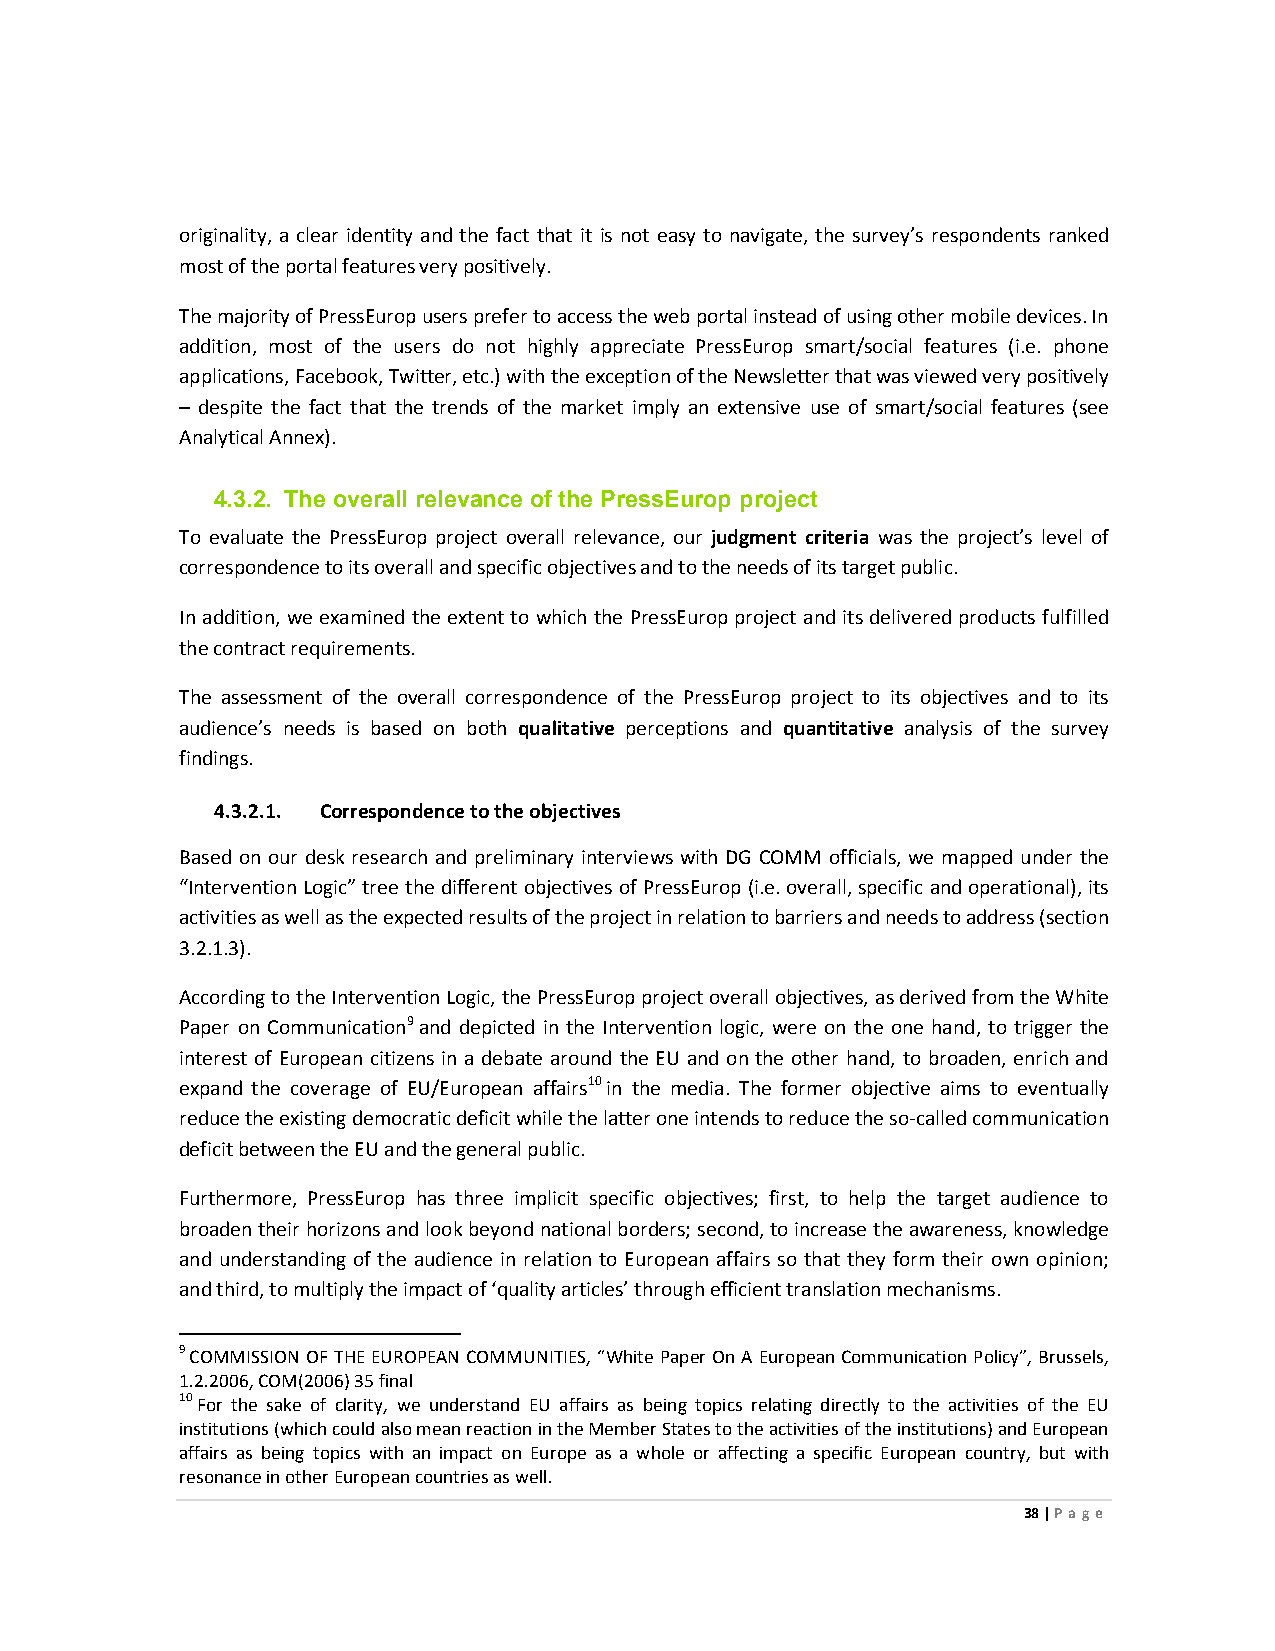
originality, a clear identity and the fact that it is not easy to navigate, the survey’s respondents ranked
 most of the portal features very positively.
 The majority of PressEurop users prefer to access the web portal instead of using other mobile devices. In
 addition, most of the users do not highly appreciate PressEurop smart/social features (i.e. phone
 applications, Facebook, Twitter, etc.) with the exception of the Newsletter that was viewed very positively
 – despite the fact that the trends of the market imply an extensive use of smart/social features (see
 Analytical Annex).
 4.3.2. The overall relevance of the PressEurop project
 To evaluate the PressEurop project overall relevance, our judgment criteria was the project’s level of
 correspondence to its overall and specific objectives and to the needs of its target public.
 In addition, we examined the extent to which the PressEurop project and its delivered products fulfilled
 the contract requirements.
 The assessment of the overall correspondence of the PressEurop project to its objectives and to its
 audience’s needs is based on both qualitative perceptions and quantitative analysis of the survey
 findings.
 4.3.2.1. Correspondence to the objectives
 Based on our desk research and preliminary interviews with DG COMM officials, we mapped under the
 “Intervention Logic” tree the different objectives of PressEurop (i.e. overall, specific and operational), its
 activities as well as the expected results of the project in relation to barriers and needs to address (section
 3.2.1.3).
 According to the Intervention Logic, the PressEurop project overall objectives, as derived from the White
 Paper on Communication9 and depicted in the Intervention logic, were on the one hand, to trigger the
 interest of European citizens in a debate around the EU and on the other hand, to broaden, enrich and
 expand the coverage of EU/European affairs10 in the media. The former objective aims to eventually
 reduce the existing democratic deficit while the latter one intends to reduce the so-called communication
 deficit between the EU and the general public.
 Furthermore, PressEurop has three implicit specific objectives; first, to help the target audience to
 broaden their horizons and look beyond national borders; second, to increase the awareness, knowledge
 and understanding of the audience in relation to European affairs so that they form their own opinion;
 and third, to multiply the impact of ‘quality articles’ through efficient translation mechanisms.
 9 COMMISSION OF THE EUROPEAN COMMUNITIES, “White Paper On A European Communication Policy”, Brussels,
 1.2.2006, COM(2006) 35 final
 10 For the sake of clarity, we understand EU affairs as being topics relating directly to the activities of the EU
 institutions (which could also mean reaction in the Member States to the activities of the institutions) and European
 affairs as being topics with an impact on Europe as a whole or affecting a specific European country, but with
 resonance in other European countries as well.
 38 | Page